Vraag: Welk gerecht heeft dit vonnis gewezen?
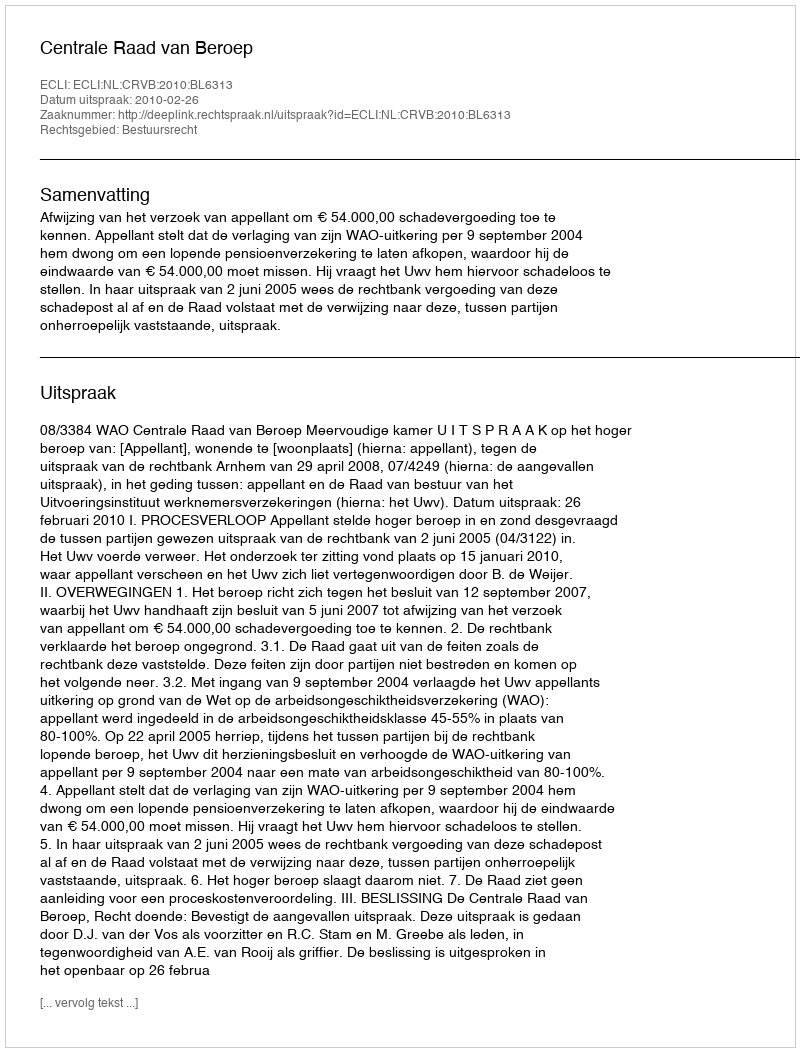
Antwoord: Centrale Raad van Beroep